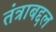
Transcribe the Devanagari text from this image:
तंत्राबद्दल